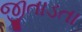
જીતાડતા